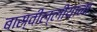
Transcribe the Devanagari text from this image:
बास्वील्लीयाना